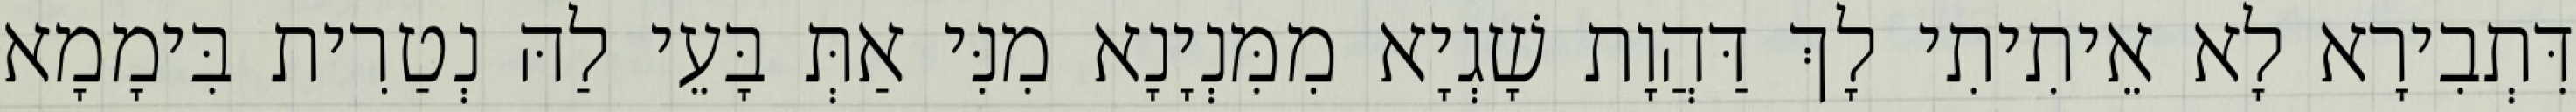
דִּתְבִירָא לָא אֵיתִיתִי לָךְ דַּהֲוָת שָׁגְיָא מִמִּנְיָנָא מִנִּי אַתְּ בָּעֵי לַהּ נְטַרִית בִּימָמָא